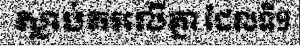
ស្លាប់គរលើគ្នា ដែលទី១